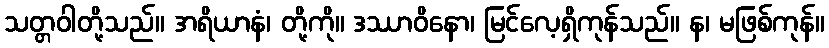
သတ္တဝါတို့သည်။ အရိယာနံ၊ တို့ကို။ ဒဿာဝိနော၊ မြင်လေ့ရှိကုန်သည်။ န၊ မဖြစ်ကုန်။